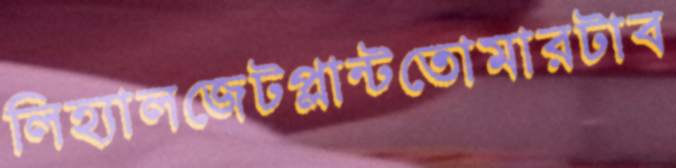
লিহ্যালজেটপ্লান্টতোমারটাব